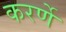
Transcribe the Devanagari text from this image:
करर्णे